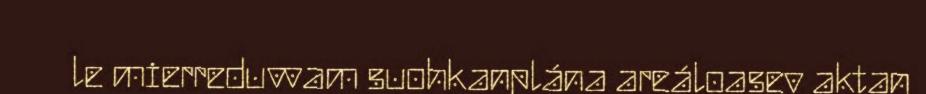
le mierreduvvam suohkanplána areáloasev aktan